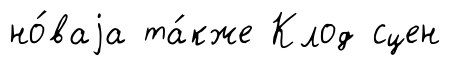
но́ваjа та́кже Клод сцен